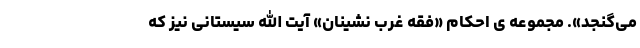
می‌گنجد». مجموعه ی احکام «فقه غرب نشینان» آیت الله سیستانی نیز که